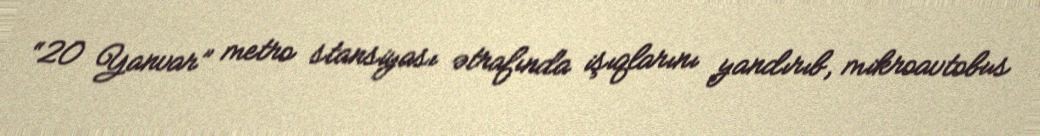
“20 Yanvar” metro stansiyası ətrafında işıqlarını yandırıb, mikroavtobus